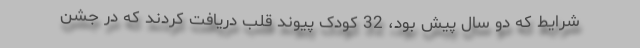
شرایط که دو سال پیش بود، 32 کودک پیوند قلب دریافت کردند که در جشن